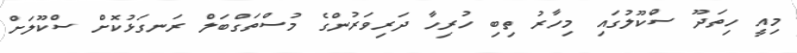
މިއީ ހިތަދޫ ސްކޫލުގައި މިހާރު ތިބި ހުރިހާ ދަރިވަރުންގެ މުސްތަގްބަލް ރަނގަޅުކޮށް ސްކޫލަށް